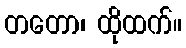
တတော၊ ထိုထက်။